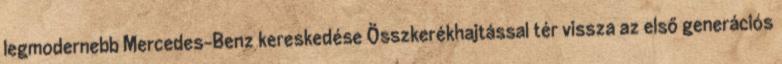
legmodernebb Mercedes-Benz kereskedése Összkerékhajtással tér vissza az első generációs